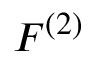
F ^ { ( 2 ) }